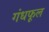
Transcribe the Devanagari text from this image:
गंधफूल